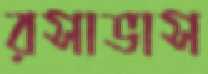
রসাভাস